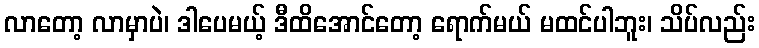
လာတော့ လာမှာပဲ၊ ဒါပေမယ့် ဒီထိအောင်တော့ ရောက်မယ် မထင်ပါဘူး၊ သိပ်လည်း